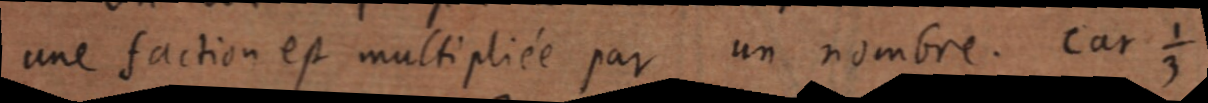
une faction est multipliée par un nombre. Car ⅓